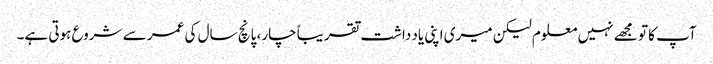
آپ کا تو مجھے نہیں معلوم لیکن میری اپنی یاد داشت تقریباً چار، پانچ سال کی عمر سے شروع ہوتی ہے۔